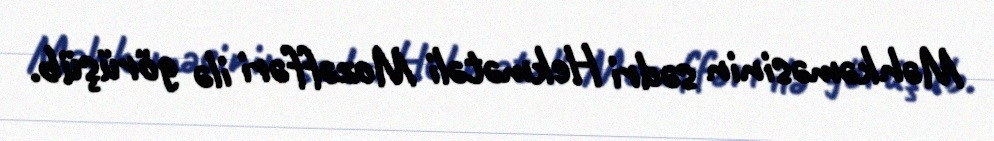
Məhkəməsinin sədri Hekmətəli Mozəffəri ilə görüşüb.